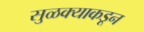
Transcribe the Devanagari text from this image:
सुळक्याकडून